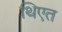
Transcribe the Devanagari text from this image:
थिएत